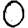
Digit: 0